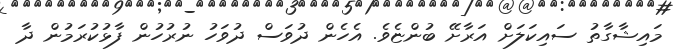
މައިޝާގާތު ސައިކަލަށް އަރާށޭ ބުންޏެވެ. އެހެން ދުވަސް ދުވަހު ނުރުހުން ފާޅުކުރަމުން ދާ